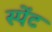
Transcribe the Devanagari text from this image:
स्पेंट